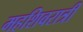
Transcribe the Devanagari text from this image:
महशिवरात्री